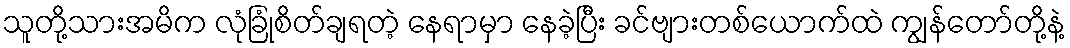
သူတို့သားအမိက လုံခြုံစိတ်ချရတဲ့ နေရာမှာ နေခဲ့ပြီး ခင်ဗျားတစ်ယောက်ထဲ ကျွန်တော်တို့နဲ့